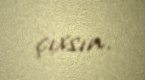
çıxsın.